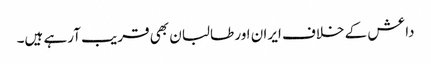
داعش کے خلاف ایران اور طالبان بھی قریب آرہے ہیں۔